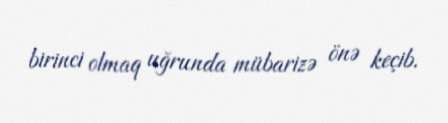
birinci olmaq uğrunda mübarizə önə keçib.